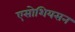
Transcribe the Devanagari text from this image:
एसोशियसन